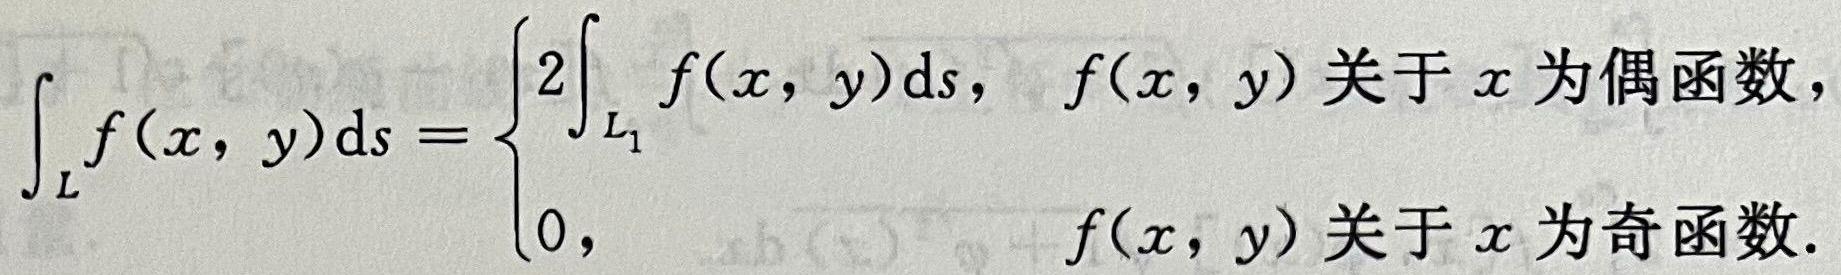
$$
\int_{L} f(x, y) \mathrm{d} s= \begin{cases}2 \int_{L_{1}} f(x, y) \mathrm{d} s, & f(x, y) \text { 关于 } x \text { 为偶函数, } \\ 0, & f(x, y) \text { 关于 } x \text { 为奇函数. }\end{cases}
$$